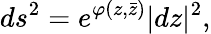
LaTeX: ds^{2}=e^{\varphi(z,\bar{z})}|dz|^{2},